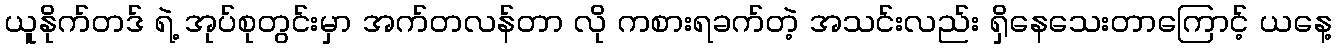
ယူနိုက်တဒ် ရဲ့ အုပ်စုတွင်းမှာ အက်တလန်တာ လို ကစားရခက်တဲ့ အသင်းလည်း ရှိနေသေးတာကြောင့် ယနေ့